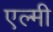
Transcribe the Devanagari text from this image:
एल्मी